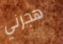
هجرني